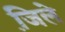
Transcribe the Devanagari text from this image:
जि़ले